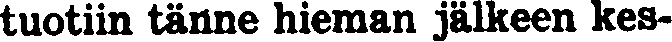
tuotiin tänne hieman jälkeen kes-